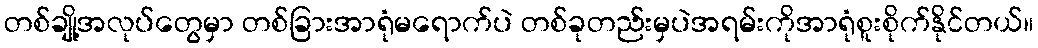
တစ်ချို့အလုပ်တွေမှာ တစ်ခြားအာရုံမရောက်ပဲ တစ်ခုတည်းမှပဲအရမ်းကိုအာရုံစူးစိုက်နိုင်တယ်။